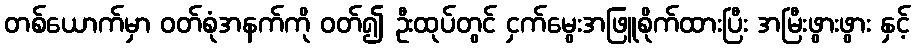
တစ်ယောက်မှာ ဝတ်စုံအနက်ကို ဝတ်၍ ဦးထုပ်တွင် ငှက်မွေးအဖြူစိုက်ထားပြီး အမြီးဖွားဖွား နှင့်